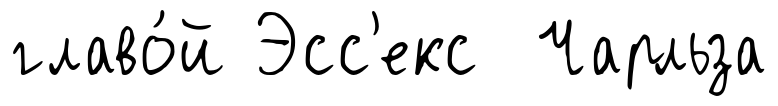
главо́й Эсс'екс Чарльза